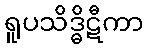
ရူပသိဒ္ဓိဋီကာ